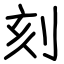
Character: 刻